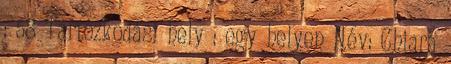
: 58 Tartózkodási hely : egy helyen Név: Chiara